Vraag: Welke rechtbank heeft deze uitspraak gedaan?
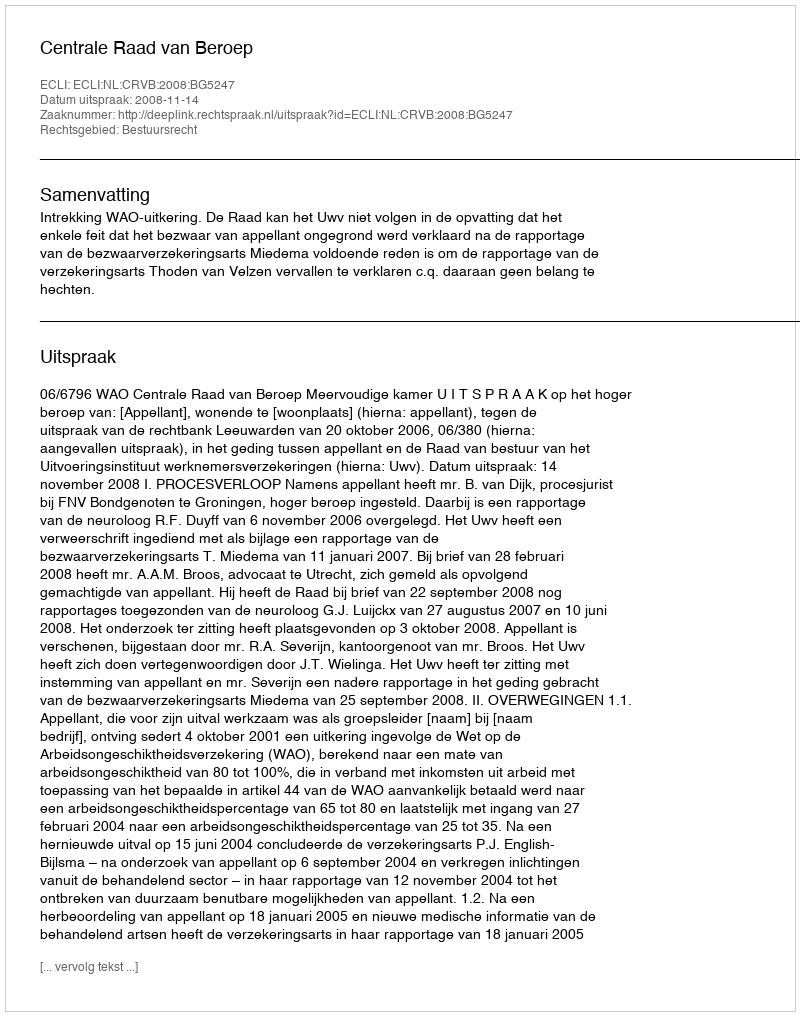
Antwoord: Centrale Raad van Beroep